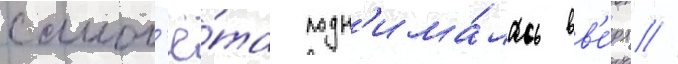
самол'ё́та подн'има́лась вв'е́рх //